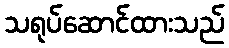
သရုပ်ဆောင်ထားသည်